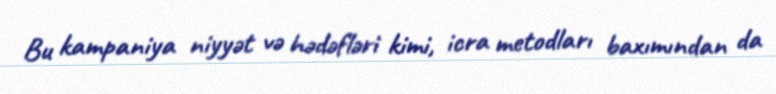
Bu kampaniya niyyət və hədəfləri kimi, icra metodları baxımından da